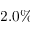
2 . 0 \%